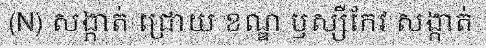
(N) សង្កាត់ ជ្រោយ ខណ្ឌ ឫស្សីកែវ សង្កាត់